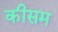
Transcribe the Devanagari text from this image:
कीसम